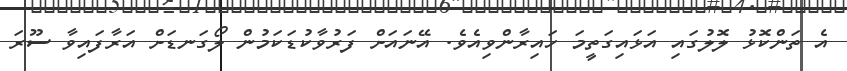
އެ ތަންކޮޅު ލޮލުގައި އަޅައިގަތީމަ ހައިރާންވިއެވެ. އޭނައަށް ފަރުވާކުޑަކަމުން ލޯގަނޑަށް އަރާފައިވާ ސޫރަ